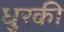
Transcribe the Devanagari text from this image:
धुरकी